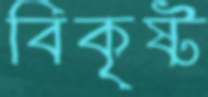
বিকৃষ্ট